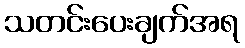
သတင်းပေးချက်အရ